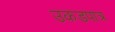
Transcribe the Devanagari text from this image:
उकडपात्र